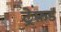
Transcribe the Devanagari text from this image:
ट्रेफ़र्ड